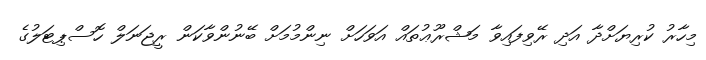
މިހާރު ކުރިޔަށްދާ އަދި ރޭވިފައިވާ މަޝްރޫޢުތައް އަވަހަށް ނިންމުމަށް ބޭނުންވާކަން ރީޖަނަލް ހޮސްޕިޓަލުގެ